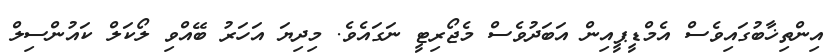
އިންތިޚާބުގައިވެސް އެމްޑީޕީއިން އަބަދުވެސް މެޖޯރިޓީ ނަގައެވެ. މިދިޔަ އަހަރު ބޭއްވި ލޯކަލް ކައުންސިލް